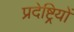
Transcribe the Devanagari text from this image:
प्रदेष्ट्रियों